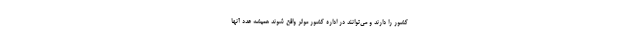
کشور را دارند و می‌توانند در اداره کشور موثر واقع شوند همیشه عدد آنها